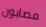
مصابون